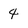
Character: 4